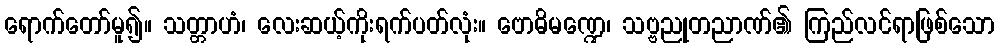
ရောက်တော်မူ၍။ သတ္တာဟံ၊ လေးဆယ့်ကိုးရက်ပတ်လုံး။ ဗောဓိမဏ္ဍေ၊ သဗ္ဗညုတညာဏ်၏ ကြည်လင်ရာဖြစ်သော